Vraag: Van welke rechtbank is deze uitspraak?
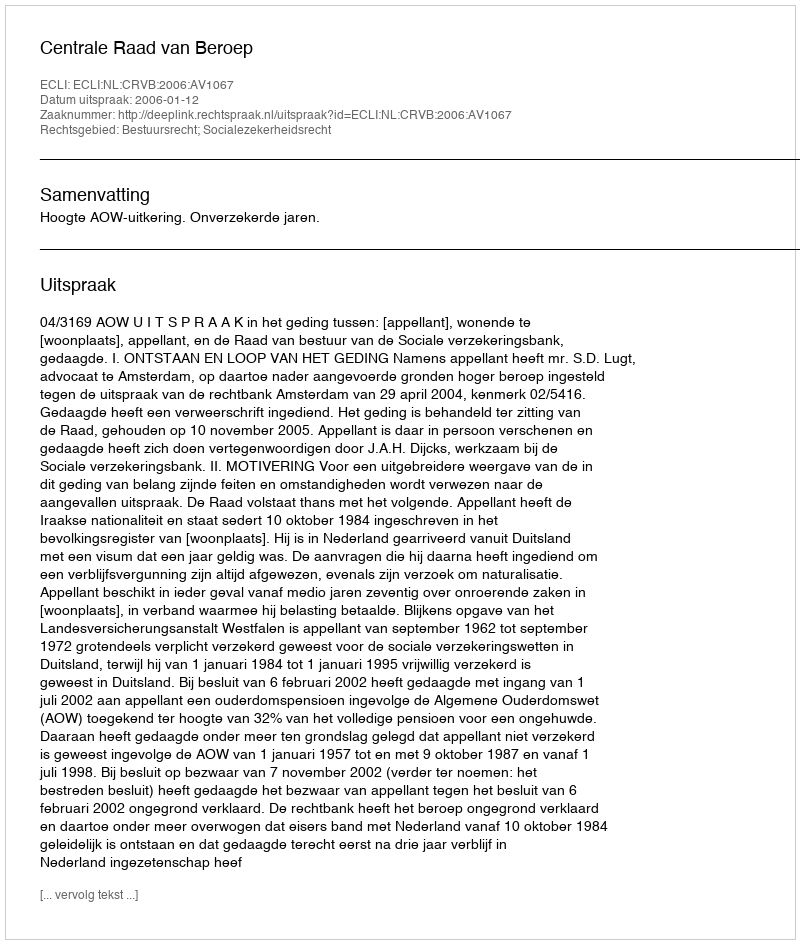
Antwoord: Centrale Raad van Beroep